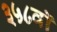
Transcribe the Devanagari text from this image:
३५८वॉ